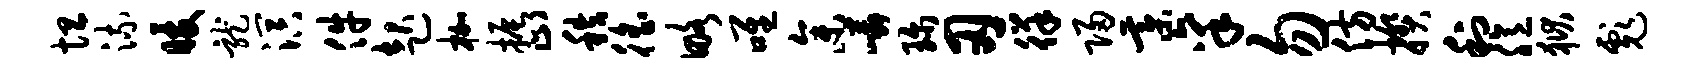
坦流暖龙溟件起枷振止秩徭略唯参嶙珍刃徉归綦禀勿仿揆利臆狱彪